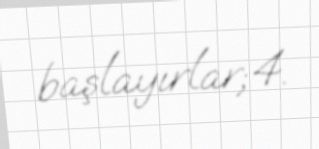
başlayırlar;4.